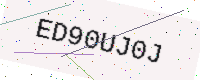
Text: ED90UJ0J